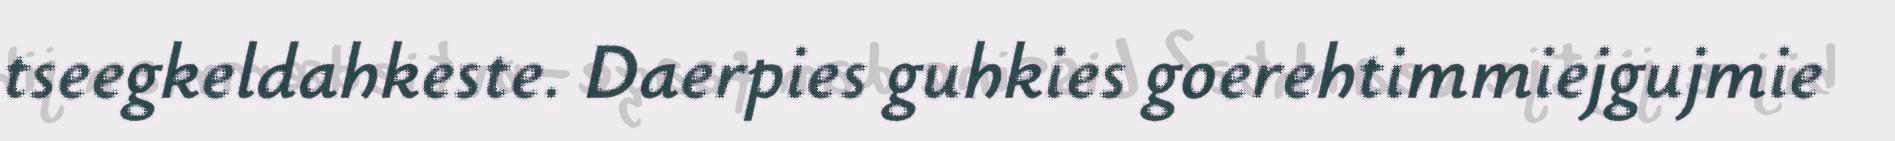
tseegkeldahkeste. Daerpies guhkies goerehtimmiejgujmie